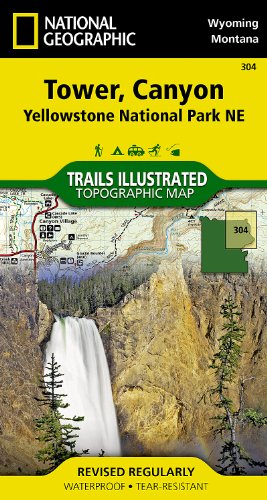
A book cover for Tower, Canyon: Yellowstone National Park NE (National Geographic Trails Illustrated Map); National Geographic Maps - Trails Illustrated; Travel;